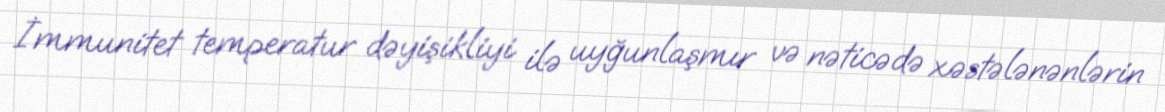
İmmunitet temperatur dəyişikliyi ilə uyğunlaşmır və nəticədə xəstələnənlərin